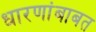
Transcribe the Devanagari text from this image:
धारणांबाबत